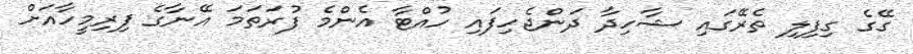
ގޭގެ ގިފިލި ތެރޭގައި ޝާހިދާ ދަންޖެހިފައި ހުއްޓާ އެންމެ ފުރަތަމަ އޭނާގެ ފިރިމީހާއަށް